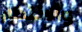
والانتظار